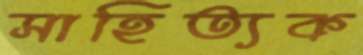
সাহিত্যক